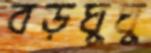
বড়ঘুঘু